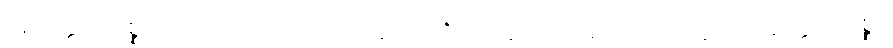
အတ္ထေကစ္စော ပုဂ္ဂလော သေဝိတဗ္ဗော ဘဇိတဗ္ဗော ပယိရုပါသိတဗ္ဗော၊ အတ္ထေကစ္စော